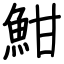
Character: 魽